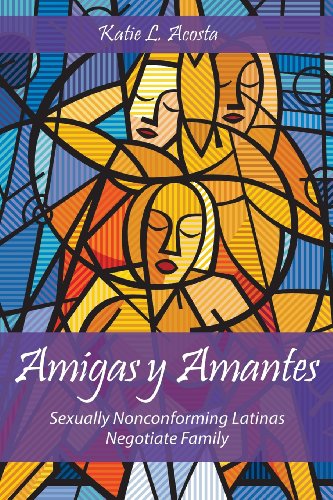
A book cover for Amigas y Amantes: Sexually Nonconforming Latinas Negotiate Family (Families in Focus); Katie L. Acosta; Gay & Lesbian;